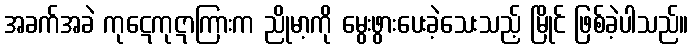
အခက်အခဲ ကုဋေကုဋာကြားက ညိုမာ့ကို မွေးဖွားပေးခဲ့သေးသည့် မြိုင် ဖြစ်ခဲ့ပါသည်။